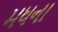
મધના